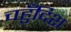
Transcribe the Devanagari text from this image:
चहुँदिश